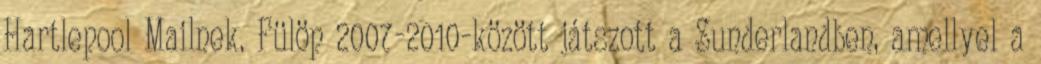
Hartlepool Mailnek. Fülöp 2007-2010-között játszott a Sunderlandben, amellyel a